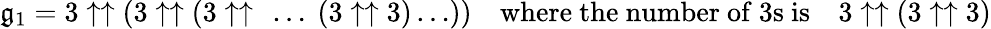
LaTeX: \mathfrak{g}_{1}=3\uparrow\uparrow(3\uparrow\uparrow(3\uparrow\uparrow\ \dots\ (3\uparrow\uparrow3)\dots))\quad{\mathrm{{where~the~number~of~3s~is}}}\quad3\uparrow\uparrow(3\uparrow\uparrow3)